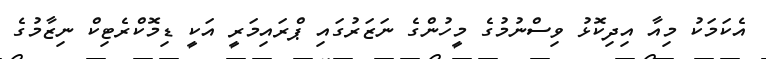
އެކަމަކު މިއާ އިދިކޮޅު ވިސްނުމުގެ މީހުންގެ ނަޒަރުގައި ޕްރައިމަރީ އަކީ ޑިމޮކްރެޓިކް ނިޒާމުގެ